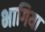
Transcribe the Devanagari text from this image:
भागिया